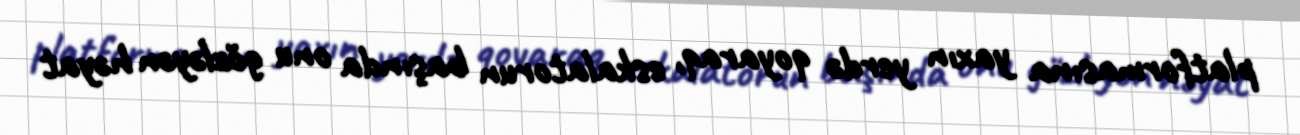
platformasına yaxın yerdə qoyaraq, eskalatorun başında onu gözləyən həyat